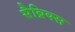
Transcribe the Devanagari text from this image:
सैब्रिक्स